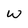
Character: w